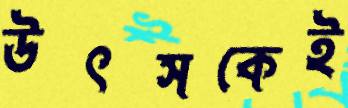
উৎসকেই